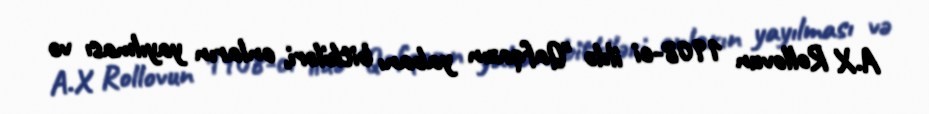
A.X Rollovun 1908-ci ildə "Qafqazın yabanı bitkiləri, onların yayılması və